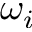
\omega _ { i }